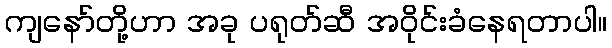
ကျနော်တို့ဟာ အခု ပရုတ်ဆီ အဝိုင်းခံနေရတာပါ။